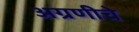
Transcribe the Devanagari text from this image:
अग्रणीचे